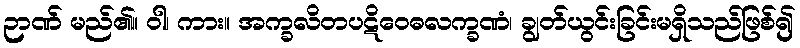
ဉာဏ် မည်၏။ ဝါ၊ ကား။ အက္ခလိတပဋိဝေဓလက္ခဏံ၊ ချွတ်ယွင်းခြင်းမရှိသည်ဖြစ်၍